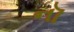
નૉ